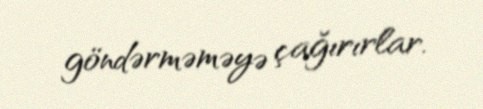
göndərməməyə çağırırlar.